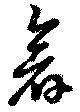
倉